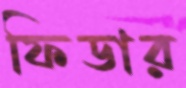
ফিডার